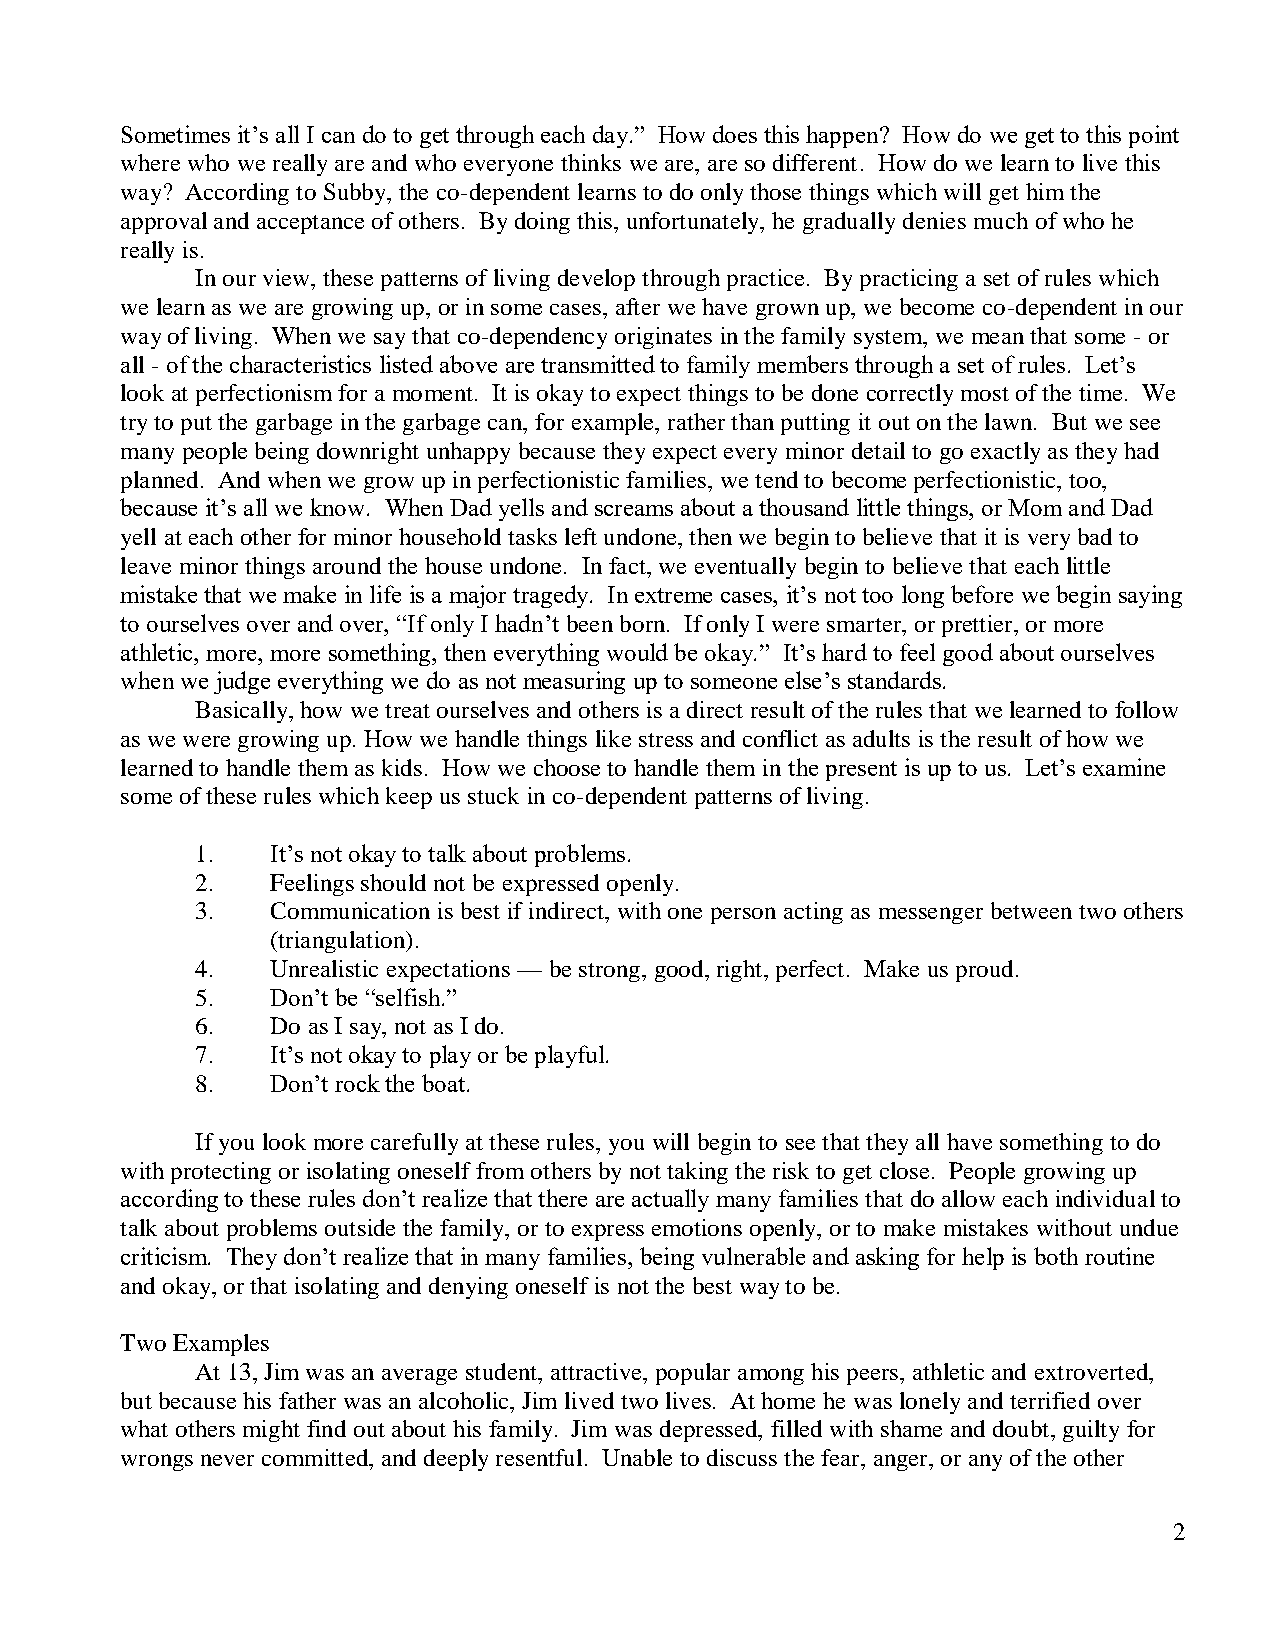
Sometimes it’s all I can do to get through each day.” How does this happen? How do we get to this point
 where who we really are and who everyone thinks we are, are so different. How do we learn to live this
 way? According to Subby, the co-dependent learns to do only those things which will get him the
 approval and acceptance of others. By doing this, unfortunately, he gradually denies much of who he
 really is.
 In our view, these patterns of living develop through practice. By practicing a set of rules which
 we learn as we are growing up, or in some cases, after we have grown up, we become co-dependent in our
 way of living. When we say that co-dependency originates in the family system, we mean that some - or
 all - of the characteristics listed above are transmitted to family members through a set of rules. Let’s
 look at perfectionism for a moment. It is okay to expect things to be done correctly most of the time. We
 try to put the garbage in the garbage can, for example, rather than putting it out on the lawn. But we see
 many people being downright unhappy because they expect every minor detail to go exactly as they had
 planned. And when we grow up in perfectionistic families, we tend to become perfectionistic, too,
 because it’s all we know. When Dad yells and screams about a thousand little things, or Mom and Dad
 yell at each other for minor household tasks left undone, then we begin to believe that it is very bad to
 leave minor things around the house undone. In fact, we eventually begin to believe that each little
 mistake that we make in life is a major tragedy. In extreme cases, it’s not too long before we begin saying
 to ourselves over and over, “If only I hadn’t been born. If only I were smarter, or prettier, or more
 athletic, more, more something, then everything would be okay.” It’s hard to feel good about ourselves
 when we judge everything we do as not measuring up to someone else’s standards.
 Basically, how we treat ourselves and others is a direct result of the rules that we learned to follow
 as we were growing up. How we handle things like stress and conflict as adults is the result of how we
 learned to handle them as kids. How we choose to handle them in the present is up to us. Let’s examine
 some of these rules which keep us stuck in co-dependent patterns of living.
 1.   It’s not okay to talk about problems.
 2.   Feelings should not be expressed openly.
 3.   Communication is best if indirect, with one person acting as messenger between two others
 (triangulation).
 4.   Unrealistic expectations — be strong, good, right, perfect. Make us proud.
 5.   Don’t be “selfish.”
 6.   Do as I say, not as I do.
 7.   It’s not okay to play or be playful.
 8.   Don’t rock the boat.
 If you look more carefully at these rules, you will begin to see that they all have something to do
 with protecting or isolating oneself from others by not taking the risk to get close. People growing up
 according to these rules don’t realize that there are actually many families that do allow each individual to
 talk about problems outside the family, or to express emotions openly, or to make mistakes without undue
 criticism. They don’t realize that in many families, being vulnerable and asking for help is both routine
 and okay, or that isolating and denying oneself is not the best way to be.
 Two Examples
 At 13, Jim was an average student, attractive, popular among his peers, athletic and extroverted,
 but because his father was an alcoholic, Jim lived two lives. At home he was lonely and terrified over
 what others might find out about his family. Jim was depressed, filled with shame and doubt, guilty for
 wrongs never committed, and deeply resentful. Unable to discuss the fear, anger, or any of the other
 2